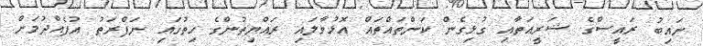
ނައިބު ރައީސްގެ ޝަރީއަތާއި ގުޅިގެން ކަންތައްތައް އޮޅުވާލައި ރައްޔިތުންގެ ހިތުގައި ނަފްރަތު އުފެއްދުމަށް